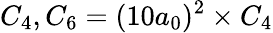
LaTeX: C_{4},C_{6}=(10a_{0})^{2}\times C_{4}